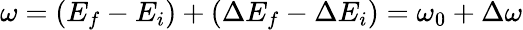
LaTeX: \omega=(E_{f}-E_{i})+(\Delta E_{f}-\Delta E_{i})=\omega_{0}+\Delta\omega